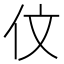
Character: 伩